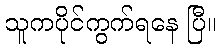
သူကပိုင်ကွက်ရနေ ပြီ။